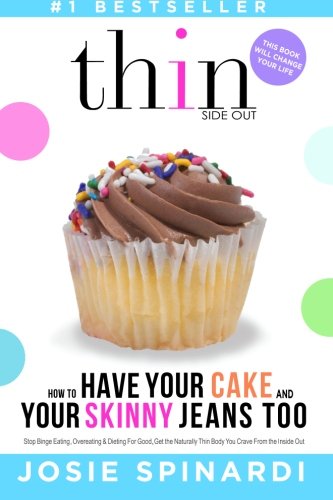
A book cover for How to Have Your Cake and Your Skinny Jeans Too: Stop Binge Eating, Overeating and Dieting For Good, Get the Naturally Thin Body You Crave From the Inside Out; Josie Spinardi; Self-Help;